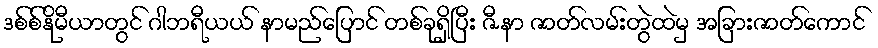
ဒစ်စ်နိုမီယာတွင် ဂါဘရီယယ် နာမည်ပြောင် တစ်ခုရှိပြီး ဇီနာ ဇာတ်လမ်းတွဲထဲမှ အခြားဇာတ်ကောင်